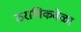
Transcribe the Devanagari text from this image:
ठराविकवेळा